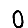
Digit: 0